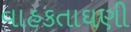
વાહકતાઘણી